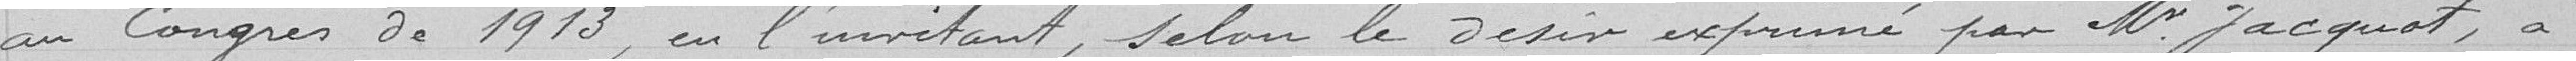
au Congrès de 1913, en l'invitant, selon le désir exprimé par Monsieur Jacquot, à